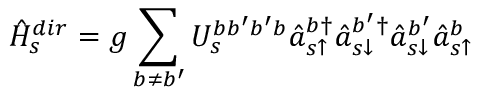
\hat { H } _ { s } ^ { d i r } = g \sum _ { b \neq b ^ { \prime } } U _ { s } ^ { b b ^ { \prime } b ^ { \prime } b } \hat { a } _ { s \uparrow } ^ { b \dagger } \hat { a } _ { s \downarrow } ^ { b ^ { \prime } \dagger } \hat { a } _ { s \downarrow } ^ { b ^ { \prime } } \hat { a } _ { s \uparrow } ^ { b }